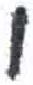
אות: ו